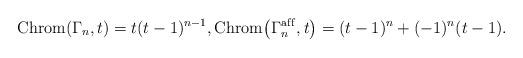
LaTeX: \begin{gather*}{\rm Chrom}(\Gamma_n,t)= t (t-1)^{n-1}, {\rm Chrom}\big (\Gamma_n^{\rm af\/f},t\big)=(t-1)^n+(-1)^n (t-1).\end{gather*}